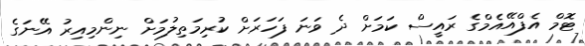
ޓޮމް އެފްއޭއެމްގެ ރައީސް ކަމަށް ދެ ވަނަ ފަހަރަށް ކުރިމަތިލުމަށް ނިންމިއިރު އޭނަގެ